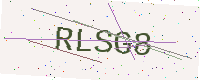
Text: RLSG8